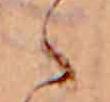
ゝ